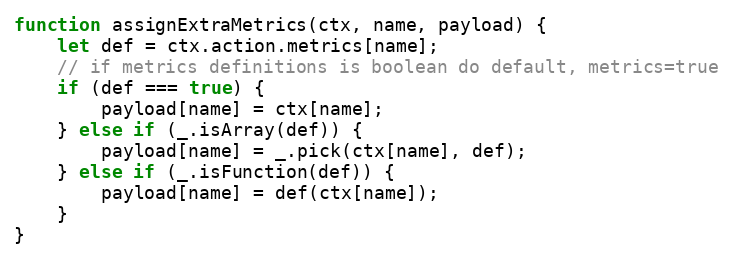
Language: JavaScript
function assignExtraMetrics(ctx, name, payload) {
	let def = ctx.action.metrics[name];
	// if metrics definitions is boolean do default, metrics=true
	if (def === true) {
		payload[name] = ctx[name];
	} else if (_.isArray(def)) {
		payload[name] = _.pick(ctx[name], def);
	} else if (_.isFunction(def)) {
		payload[name] = def(ctx[name]);
	}
}